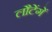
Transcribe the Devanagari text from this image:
लौटेंगें